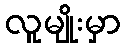
လူမျိုးမှာ